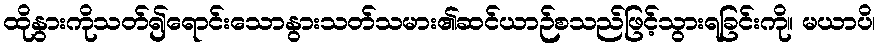
ထိုနွားကိုသတ်၍ရောင်းသောနွားသတ်သမား၏ဆင်ယာဉ်စသည်ဖြင့်သွားရခြင်းကို။ မယာပိ၊